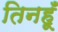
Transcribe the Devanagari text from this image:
तिनहूँ